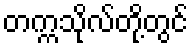
တက္ကသိုလ်တို့တွင်